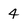
Character: 4